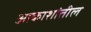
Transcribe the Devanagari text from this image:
आकाशांतील